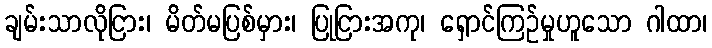
ချမ်းသာလိုငြား၊ မိတ်မပြစ်မှား၊ ပြုငြားအကု၊ ရှောင်ကြဉ်မှုဟူသော ဂါထာ၊